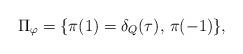
LaTeX: \begin{align*}\Pi_{\varphi} =\{ \pi(1)= \delta_Q(\tau), \, \pi(-1)\},\end{align*}